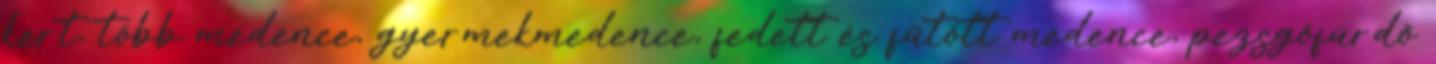
kert, több medence, gyermekmedence, fedett és fűtött medence, pezsgőfürdő